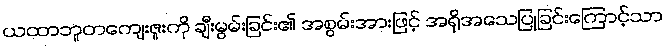
ယထာဘူတကျေးဇူးကို ချီးမွမ်းခြင်း၏ အစွမ်းအားဖြင့် အရိုအသေပြုခြင်းကြောင့်သာ